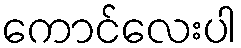
ကောင်လေးပါ